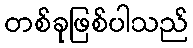
တစ်ခုဖြစ်ပါသည်